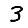
Digit: 3